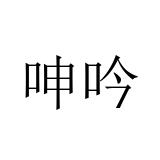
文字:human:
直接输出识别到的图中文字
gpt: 呻吟